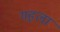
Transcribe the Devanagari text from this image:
गहला